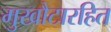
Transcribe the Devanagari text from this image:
मुखौटारहित